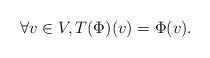
LaTeX: \begin{align*}\forall v \in V, T( \Phi )(v) = \Phi (v).\end{align*}